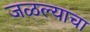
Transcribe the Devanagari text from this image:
जळल्याचा